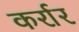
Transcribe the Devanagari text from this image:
कर्रार